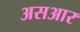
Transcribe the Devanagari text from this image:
असआर